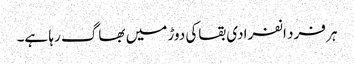
ہر فرد انفرادی بقاکی دوڑ میں بھاگ رہا ہے۔